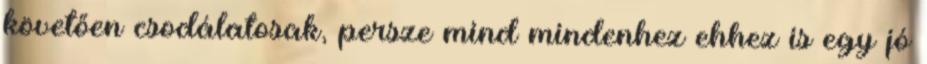
követően csodálatosak, persze mind mindenhez ehhez is egy jó